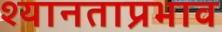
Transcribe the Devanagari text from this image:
श्यानताप्रभाव